Note on the mental hospitals in Burma - 1925-1940
Year: 1925
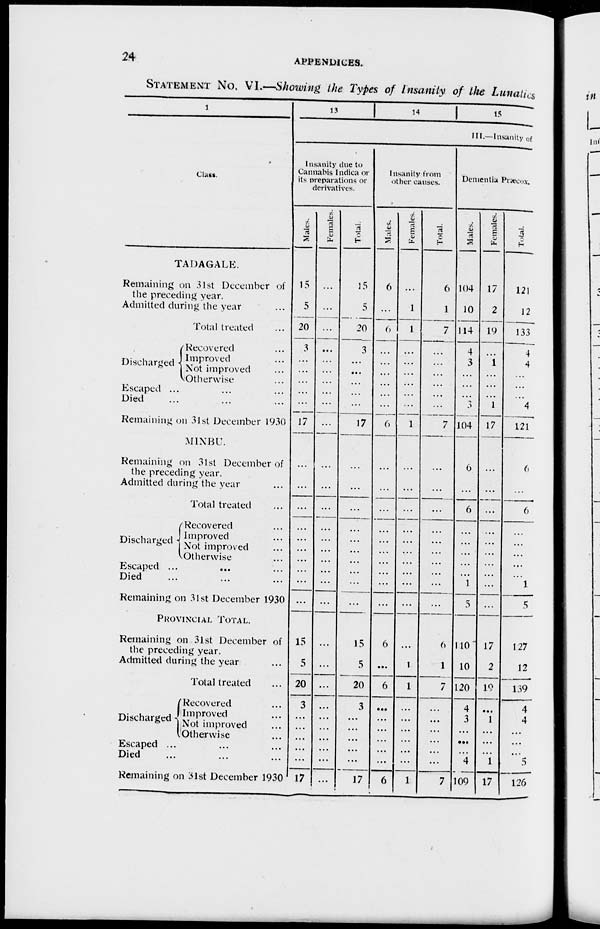
24
APPENDICES.
STATEMENT No. VI.—Showing the Types of Insanity of the Lunatics
1
Class.
TADAGALE.
Remaining on 31st December of
the preceding year.
Admitted during the year ...
Total treated ...
Discharged
Recovered ...
Improved ...
Not improved ...
Otherwise ...
Escaped ... ... ...
Died ... ... ...
Remaining on 31st December 1930
MINBU.
Remaining on 31st December of
the preceding year.
Admitted during the year ...
Total treated ...
Discharged
Recovered ...
Improved ...
Not improved ...
Otherwise ...
Escaped ...
... ...
Died ... ... ...
Remaining on 31st December 1930
PROVINCIAL TOTAL.
Remaining on 31st December of
the preceding year.
Admitted during the year ...
Total treated ...
Discharged
Recovered ...
Improved ...
Not improved ...
Otherwise ...
Escaped ... ... ...
Died ... ... ...
Remaining on 31st December 1930
13
14 15
II.—Insanity of
Insanity due to
Cannabis Indica or
its preparations or
derivatives.
Males.
15
5
20
3
...
...
...
...
...
17
...
...
...
...
...
...
...
...
...
...
15
5
20
3
...
...
...
...
...
17
Females.
...
...
...
...
...
...
...
...
...
...
...
...
...
...
...
...
...
...
...
...
...
...
...
...
...
...
...
...
...
...
Total.
15
5
20
3
...
...
...
...
...
17
...
...
...
...
...
...
...
...
...
...
15
5
20
3
...
...
...
...
...
17
Insanity from
other causes.
Males.
6
...
6
...
...
...
...
...
...
6
...
...
...
...
...
...
...
...
...
...
6
...
6
...
...
...
...
...
...
6
Females.
...
1
1
...
...
...
...
...
...
1
...
...
...
...
...
...
...
...
...
...
...
1
1
...
...
...
...
...
...
1
Total.
6
1
7
...
...
...
...
...
...
7
...
...
...
...
...
...
...
...
...
...
6
1
7
...
...
...
...
...
...
7
Dementia Præcox.
Mates.
104
10
114
4
3
...
...
...
3
104
6
...
6
...
...
...
...
...
1
5
110
10
120
4
3
...
...
...
4
109
Females.
17
2
19
...
1
...
...
...
1
17
...
...
...
...
...
...
...
...
...
...
17
2
19
...
1
...
...
...
1
17
Total.
121
12
133
4
4
...
...
...
4
121
6
...
6
...
...
...
...
...
1
5
127
12
139
4
4
...
...
...
5
126